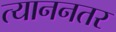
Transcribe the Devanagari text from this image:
त्याननतर